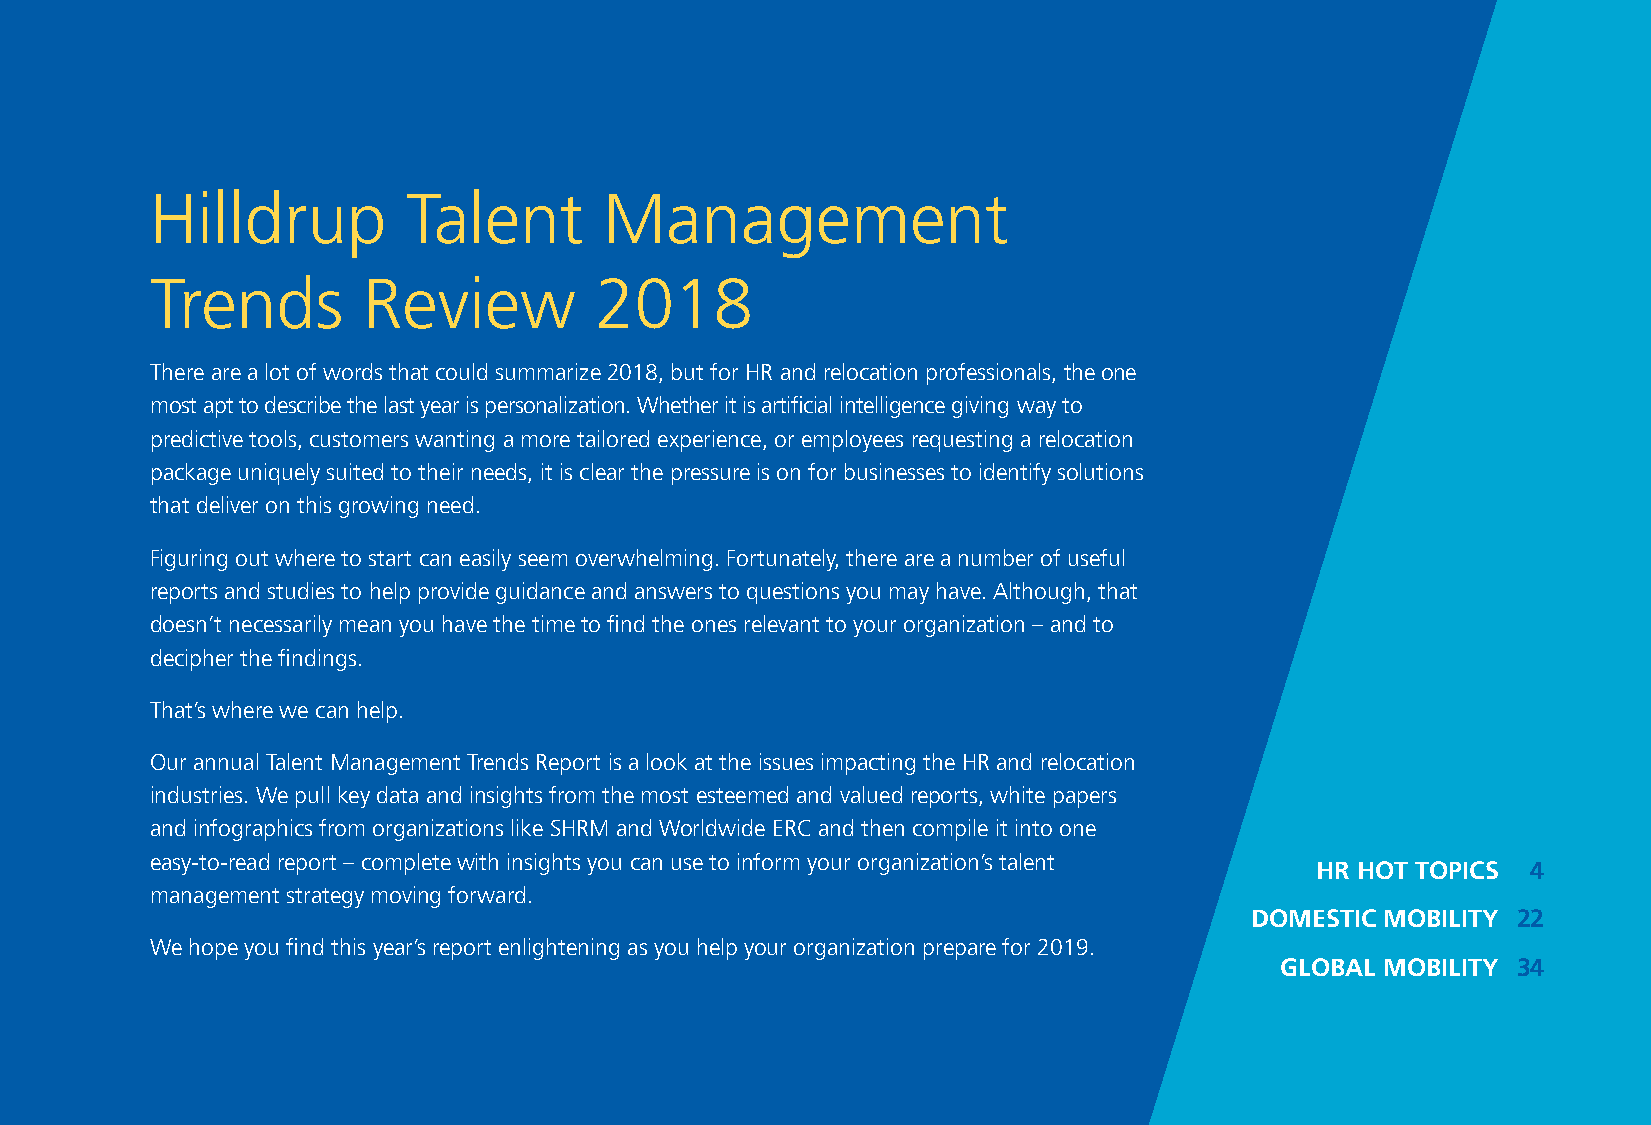
Hilldrup         Talent       Management
 Trends        Review         2018
 There are a lot of words that could summarize 2018, but for HR and relocation professionals, the one
 most apt to describe the last year is personalization. Whether it is artificial intelligence giving way to
 predictive tools, customers wanting a more tailored experience, or employees requesting a relocation
 package uniquely suited to their needs, it is clear the pressure is on for businesses to identify solutions
 that deliver on this growing need.
 Figuring out where to start can easily seem overwhelming. Fortunately, there are a number of useful
 reports and studies to help provide guidance and answers to questions you may have. Although, that
 doesn’t necessarily mean you have the time to find the ones relevant to your organization – and to
 decipher the findings.
 That’s where we can help.
 Our annual Talent Management Trends Report is a look at the issues impacting the HR and relocation
 industries. We pull key data and insights from the most esteemed and valued reports, white papers
 and infographics from organizations like SHRM and Worldwide ERC and then compile it into one
 easy-to-read report – complete with insights you can use to inform your organization’s talent
 HR HOT TOPICS 4
 management strategy moving forward.
 DOMESTIC MOBILITY 22
 We hope you find this year’s report enlightening as you help your organization prepare for 2019.
 GLOBAL MOBILITY 34
 3
 HR
 HOT
 TOPICS